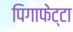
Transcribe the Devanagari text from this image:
पिगाफेट्टा